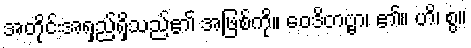
အတိုင်းအရှည်ရှိသည်၏ အဖြစ်ကို။ ဝေဒိတဗ္ဗာ၊ ၏။ ဟိ၊ စွ။